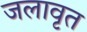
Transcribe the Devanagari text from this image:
जलावृत